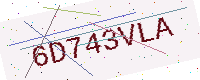
Text: 6D743VLA